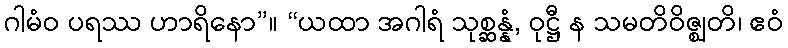
ဂါမံဝ ပရဿ ဟာရိနော”။ “ယထာ အဂါရံ သုစ္ဆန္နံ, ဝုဋ္ဌီ န သမတိဝိဇ္ဈတိ၊ ဧဝံ